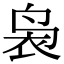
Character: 袅